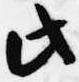
此